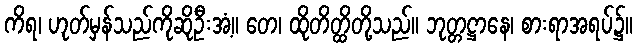
ကိရ၊ ဟုတ်မှန်သည်ကိုဆိုဦးအံ့။ တေ၊ ထိုတိတ္ထိတို့သည်။ ဘုတ္တဋ္ဌာနေ၊ စားရာအရပ်၌။